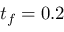
t _ { f } = 0 . 2